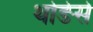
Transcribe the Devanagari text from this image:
थोङेसे